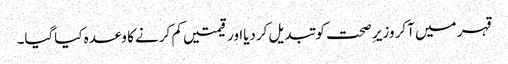
قہر میں آکر وزیر ِصحت کو تبدیل کردیااور قیمتیں کم کرنے کا وعدہ کیاگیا۔